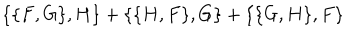
\{ \{ F , G \} , H \} + \{ \{ H , F \} , G \} + \{ \{ G , H \} , F \}